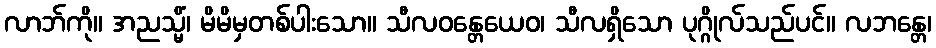
လာဘ်ကို။ အညသ္မိံ၊ မိမိမှတစ်ပါးသော။ သီလဝန္တေယေဝ၊ သီလရှိသော ပုဂ္ဂိုလ်သည်ပင်။ လဘန္တေ၊